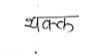
मजकूर: थक्क